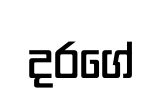
දරගේ